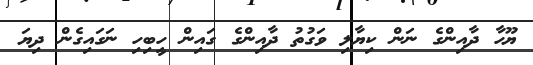
ޔޫހާ ދާއިންގެ ނަން ކިޔާލި ވަގުތު ދާއިންގެ ގައިން ހީބިހި ނަގައިގެން ދިޔަ